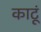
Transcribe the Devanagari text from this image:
काटूं